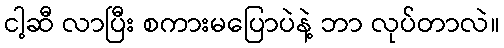
ငါ့ဆီ လာပြီး စကားမပြောပဲနဲ့ ဘာ လုပ်တာလဲ။